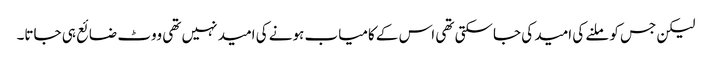
لیکن جس کو ملنے کی امید کی جاسکتی تھی اس کے کامیاب ہونے کی امید نہیں تھی ووٹ ضائع ہی جاتا۔